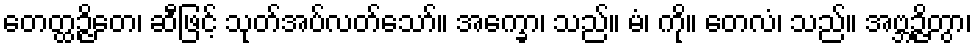
တေတ္ထဉ္ဇိတေ၊ ဆီဖြင့် သုတ်အပ်လတ်သော်။ အက္ခော၊ သည်။ မံ၊ ကို။ တေလံ၊ သည်။ အဗ္ဘဉ္ဇိတွာ၊